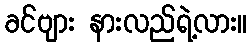
ခင်ဗျား နားလည်ရဲ့လား။